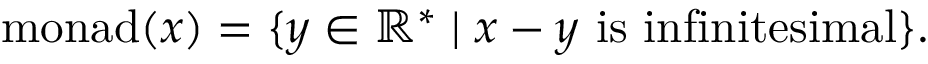
{ \mathrm { m o n a d } } ( x ) = \{ y \in \mathbb { R } ^ { * } \mid x - y { \mathrm { ~ i s ~ i n f i n i t e s i m a l } } \} .